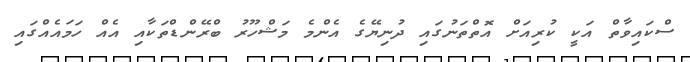
ސްކައިވާތް އަކީ ކުރިއަށް އޮތްތަނުގައި ދުނިޔޭގެ އެންމެ މަޝްހޫރު ބްރޭންޑްތަކާއި އެއް ހަމައެއްގައި